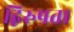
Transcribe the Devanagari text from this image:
द्विरुपता